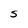
Character: S